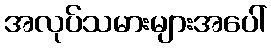
အလုပ်သမားများအပေါ်